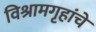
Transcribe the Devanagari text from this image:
विश्रामगृहांचे